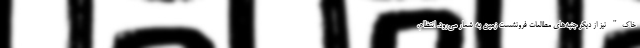
خاک" نیز از دیگر جنبه‌های مطالعات فرونشست زمین به شمار می‌رود. انتظام،